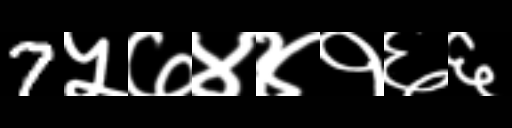
Text: 7५७४४१६६